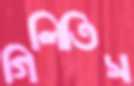
গিলিতিস